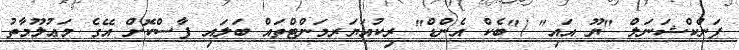
ފަންކްޝަނަލް "ޔޫ އައި" /"ބެކް އެންޑް" ރިކުއަޔަރމަންޓްތައް ބަލައި ފާސްކޮށް އޭގެ މަޢުލޫމާތު